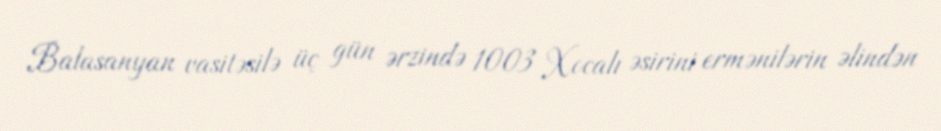
Balasanyan vasitəsilə üç gün ərzində 1003 Xocalı əsirini ermənilərin əlindən